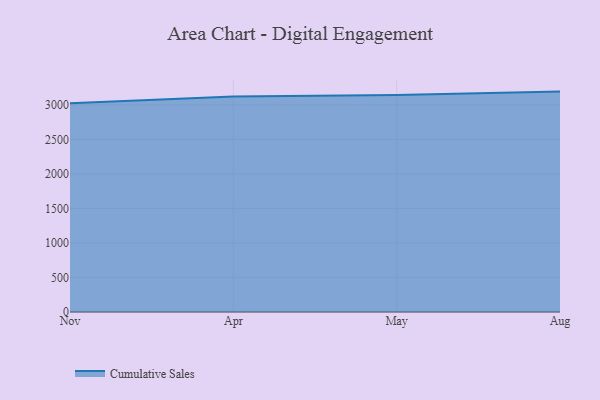
{"axis": {"x": "Month", "y": "Revenue (USD Million)"}, "legend": ["Cumulative Sales"], "data": [{"x": "Nov", "y": 3022.9, "type": "Cumulative Sales"}, {"x": "Apr", "y": 3118.9, "type": "Cumulative Sales"}, {"x": "May", "y": 3143.1, "type": "Cumulative Sales"}, {"x": "Aug", "y": 3191.6, "type": "Cumulative Sales"}]}